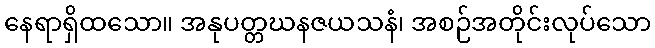
နေရာရှိထသော။ အနုပတ္တဃနဇယသနံ၊ အစဉ်အတိုင်းလုပ်သော